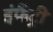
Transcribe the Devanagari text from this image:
इंफैंट्री